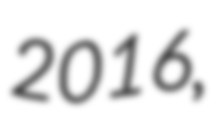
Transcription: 2016,